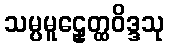
သမ္ပမူဠှေတ္ထဝိဒ္ဒသု